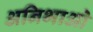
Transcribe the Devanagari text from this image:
अनिभाओ